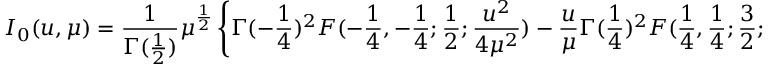
I _ { 0 } ( u , \mu ) = { \frac { 1 } { \Gamma ( { \frac { 1 } { 2 } } ) } } \mu ^ { { \frac { 1 } { 2 } } } \left\{ \Gamma ( - { \frac { 1 } { 4 } } ) ^ { 2 } F ( - { \frac { 1 } { 4 } } , - { \frac { 1 } { 4 } } ; { \frac { 1 } { 2 } } ; { \frac { u ^ { 2 } } { 4 \mu ^ { 2 } } } ) - { \frac { u } { \mu } } \Gamma ( { \frac { 1 } { 4 } } ) ^ { 2 } F ( { \frac { 1 } { 4 } } , { \frac { 1 } { 4 } } ; { \frac { 3 } { 2 } } ; { \frac { u ^ { 2 } } { 4 \mu ^ { 2 } } } ) \right\} .